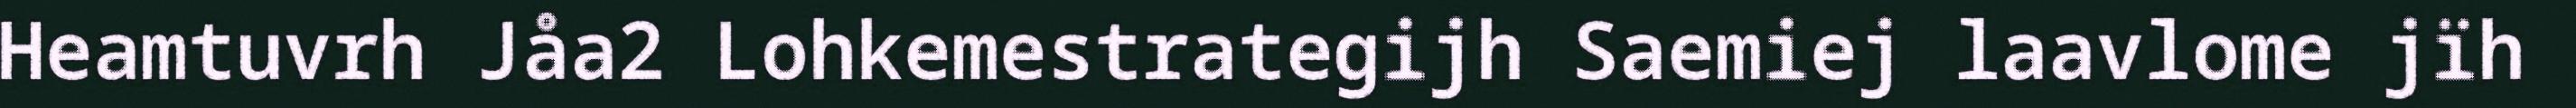
Heamtuvrh Jåa2 Lohkemestrategijh Saemiej laavlome jïh